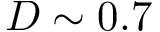
D \sim 0 . 7